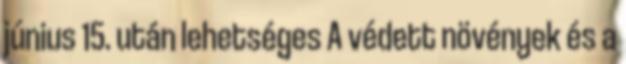
június 15. után lehetséges A védett növények és a